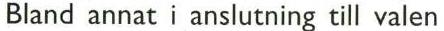
Bland annat i anslutning till valen